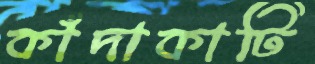
কাঁদাকাটি